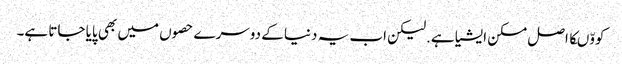
کووّںکا اصل مسکن ایشیا ہے.لیکن اب یہ دنیا کے دوسرے حصوں میں بھی پایا جاتا ہے۔